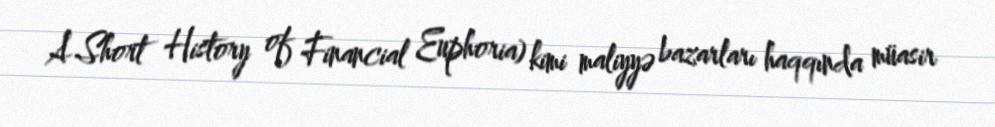
A Short History of Financial Euphoria) kimi maliyyə bazarları haqqında müasir